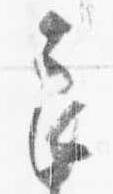
良